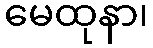
မေထုနာ၊